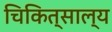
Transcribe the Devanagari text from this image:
चिकित्साल्य